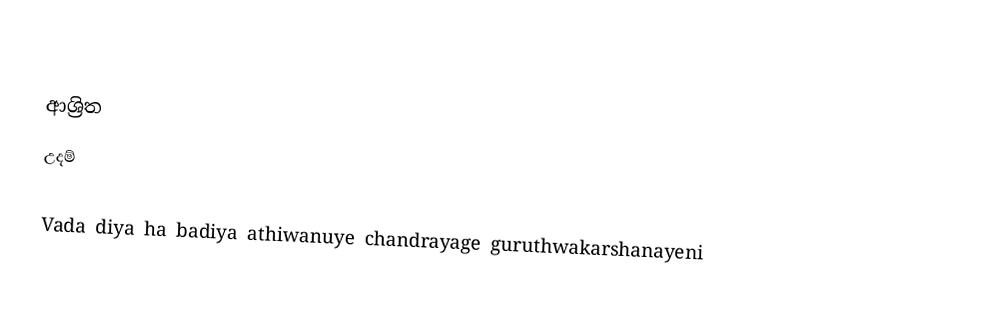

ආශ්‍රිත
 උදම්

Vada diya ha badiya athiwanuye chandrayage guruthwakarshanayeni